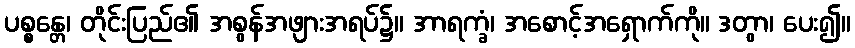
ပစ္စန္တေ၊ တိုင်းပြည်၏ အစွန်အဖျားအရပ်၌။ အာရက္ခံ၊ အစောင့်အရှောက်ကို။ ဒတွာ၊ ပေး၍။